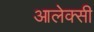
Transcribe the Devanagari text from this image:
आलेक्सी